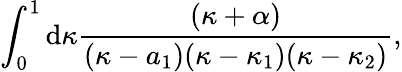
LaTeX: \int_{0}^{1}\mathrm{d}\kappa{\frac{{(\kappa+\alpha)}}{{(\kappa-a_{1})(\kappa-\kappa_{1})(\kappa-\kappa_{2})}}},